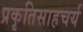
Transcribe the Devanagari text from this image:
प्रकृतिसाहचर्य